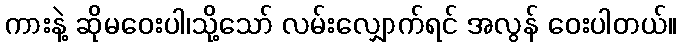
ကားနဲ့ ဆိုမဝေးပါ၊သို့သော် လမ်းလျှောက်ရင် အလွန် ဝေးပါတယ်။